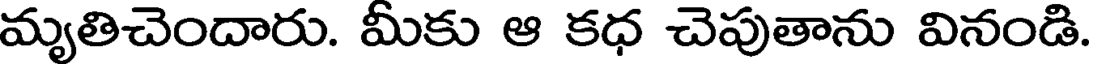
మృతిచెందారు. మీకు ఆ కధ చెపుతాను వినండి